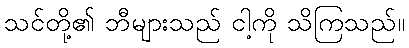
သင်တို့၏ ဘီများသည် ငါ့ကို သိကြသည်။